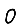
Digit: 0